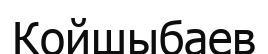
Койшыбаев